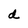
Character: d